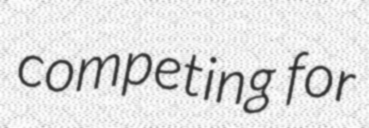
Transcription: competing for